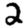
Digit: 2